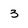
Character: 3